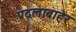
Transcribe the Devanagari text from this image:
प्रदलाबाहेर